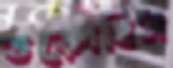
তড়্‌পেছিস